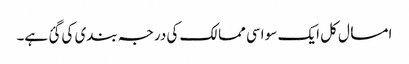
امسال کل ایک سو اسی ممالک کی درجہ بندی کی گئ ہے۔